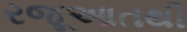
રજૂઆતથી